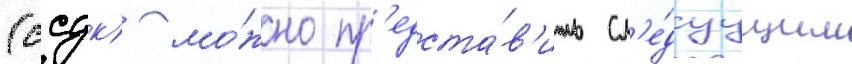
(ссдк) мо́жно пр'едста́в'ить сл'е́дуущим